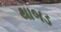
થાબડ